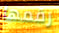
رقمها